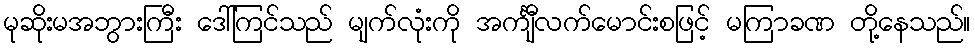
မုဆိုးမအဘွားကြီး ဒေါ်ကြင်သည် မျက်လုံးကို အင်္ကျီလက်မောင်းစဖြင့် မကြာခဏ တို့နေသည်။